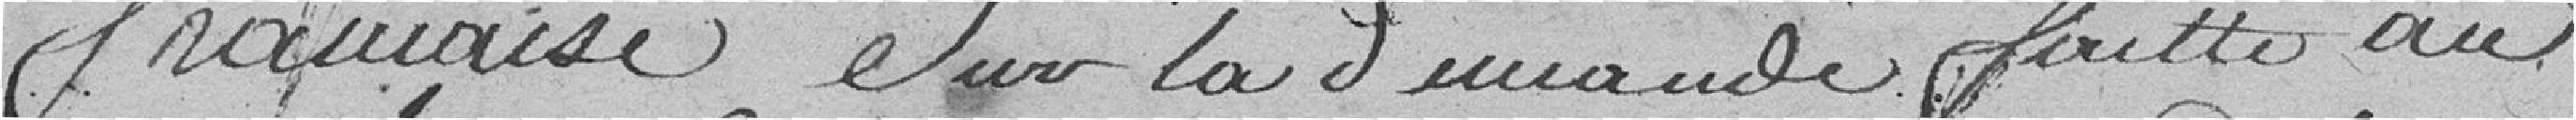
française Sur la demande faite au